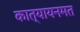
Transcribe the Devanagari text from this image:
कात्यायनमत